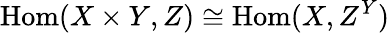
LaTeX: \mathrm{Hom}(X\times Y,Z)\cong\mathrm{Hom}(X,Z^{Y})